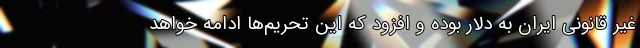
غیر قانونی ایران به دلار بوده و افزود که این تحریم‌ها ادامه خواهد